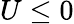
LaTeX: U\leq 0